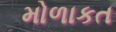
મોળાકત